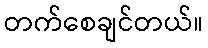
တက်စေချင်တယ်။